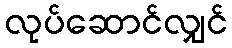
လုပ်ဆောင်လျှင်